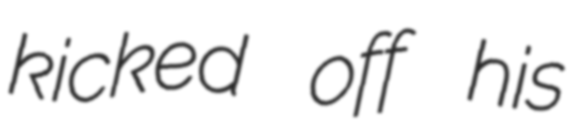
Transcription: kicked off his